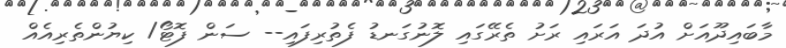
މާބައިދޫއަށް އުދަ އަރައި ރަށު ތެރޭގައި ލޮނުގަނޑު ފެތުރިފައި-- ސަން ފޮޓޯ/ ކިޔުންތެރިއެއް